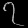
Digit: ၇